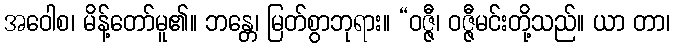
အဝေါစ၊ မိန့်တော်မူ၏။ ဘန္တေ၊ မြတ်စွာဘုရား။ “ဝဇ္ဇီ၊ ဝဇ္ဇီမင်းတို့သည်။ ယာ တာ၊